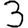
Digit: 3